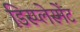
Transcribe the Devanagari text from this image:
डिस्प्लेस्मेंट